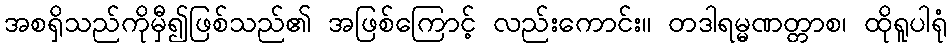
အစရှိသည်ကိုမှီ၍ဖြစ်သည်၏ အဖြစ်ကြောင့် လည်းကောင်း။ တဒါရမ္မဏတ္တာစ၊ ထိုရူပါရုံ